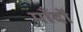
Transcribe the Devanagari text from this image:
माँदों